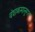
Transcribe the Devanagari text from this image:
वंशक्रमानुगत